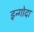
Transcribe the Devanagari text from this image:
इन्गोदा